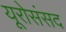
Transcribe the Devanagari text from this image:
यूरोसंसद